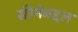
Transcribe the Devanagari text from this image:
सीमेबद्दल